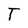
Character: T